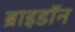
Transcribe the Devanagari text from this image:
ब्राइडॉन